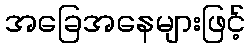
အခြေအနေများဖြင့်